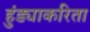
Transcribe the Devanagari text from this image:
हुंड्याकरिता